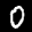
Label: 0